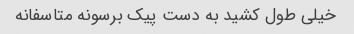
خیلی طول کشید به دست پیک برسونه متاسفانه